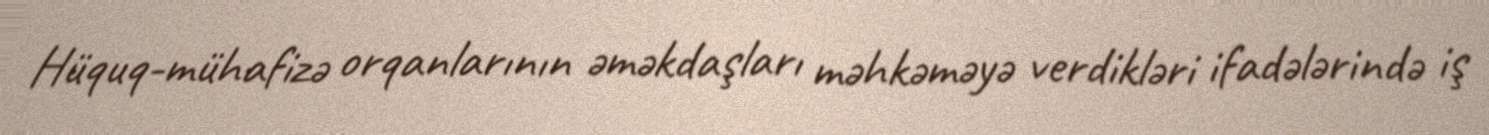
Hüquq-mühafizə orqanlarının əməkdaşları məhkəməyə verdikləri ifadələrində iş